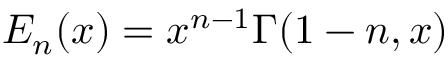
E _ { n } ( x ) = x ^ { n - 1 } \Gamma ( 1 - n , x )